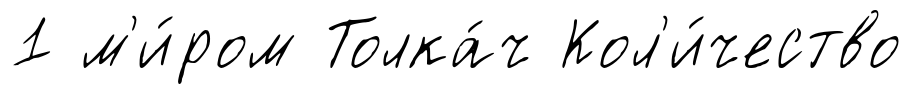
1 м'и́ром Толка́ч Кол'и́чество